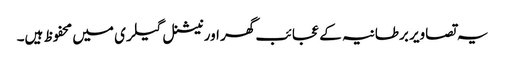
یہ تصاویر برطانیہ کے عجائب گھر اور نیشنل گیلری میں محفوظ ہیں۔